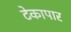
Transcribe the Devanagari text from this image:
टेकापार